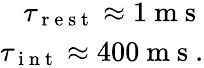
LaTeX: \begin{array}{r}{\tau_{\mathrm{~r~e~s~t~}}\approx 1\mathrm{~m~s~}}\\ {\tau_{\mathrm{~i~n~t~}}\approx 400\mathrm{~m~s~}.}\end{array}